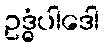
ဥဒ္ဓံပါဒေါ